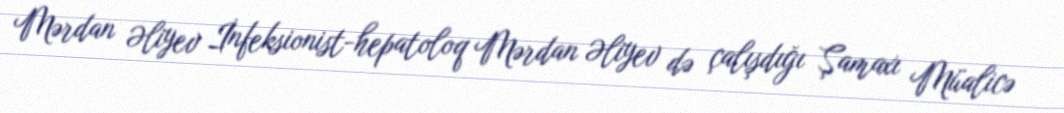
Mərdan Əliyev İnfeksionist-hepatoloq Mərdan Əliyev də çalışdığı Şamaxı Müalicə